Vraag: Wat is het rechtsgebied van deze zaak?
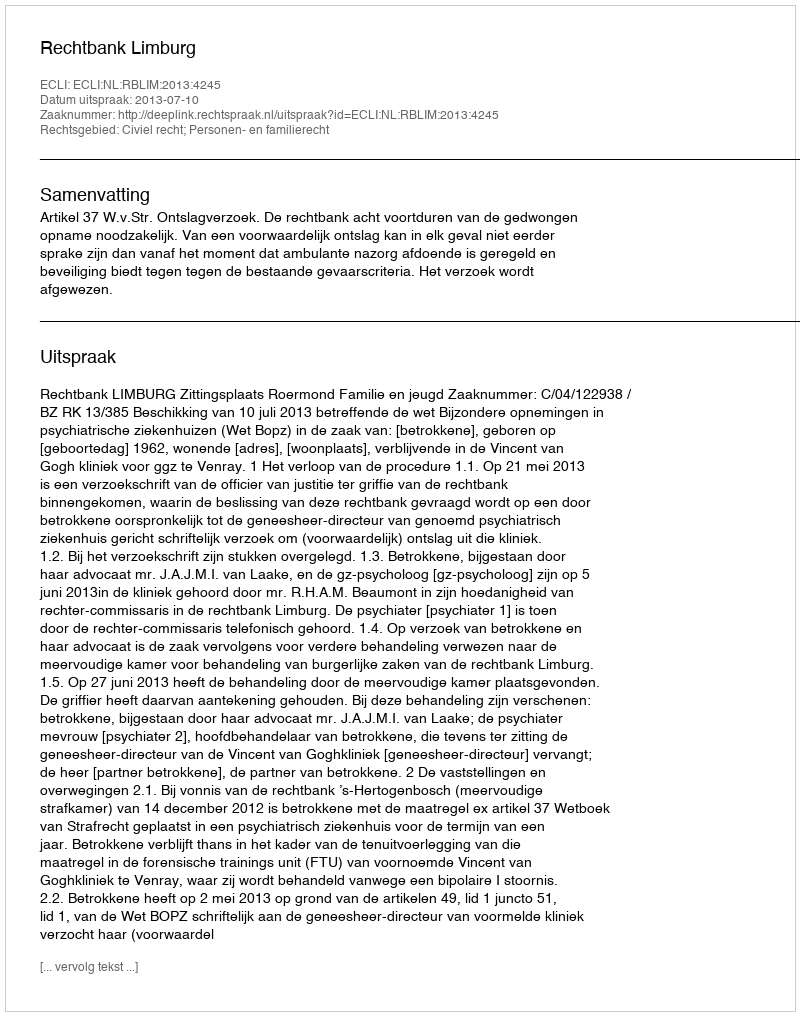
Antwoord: Civiel recht; Personen- en familierecht